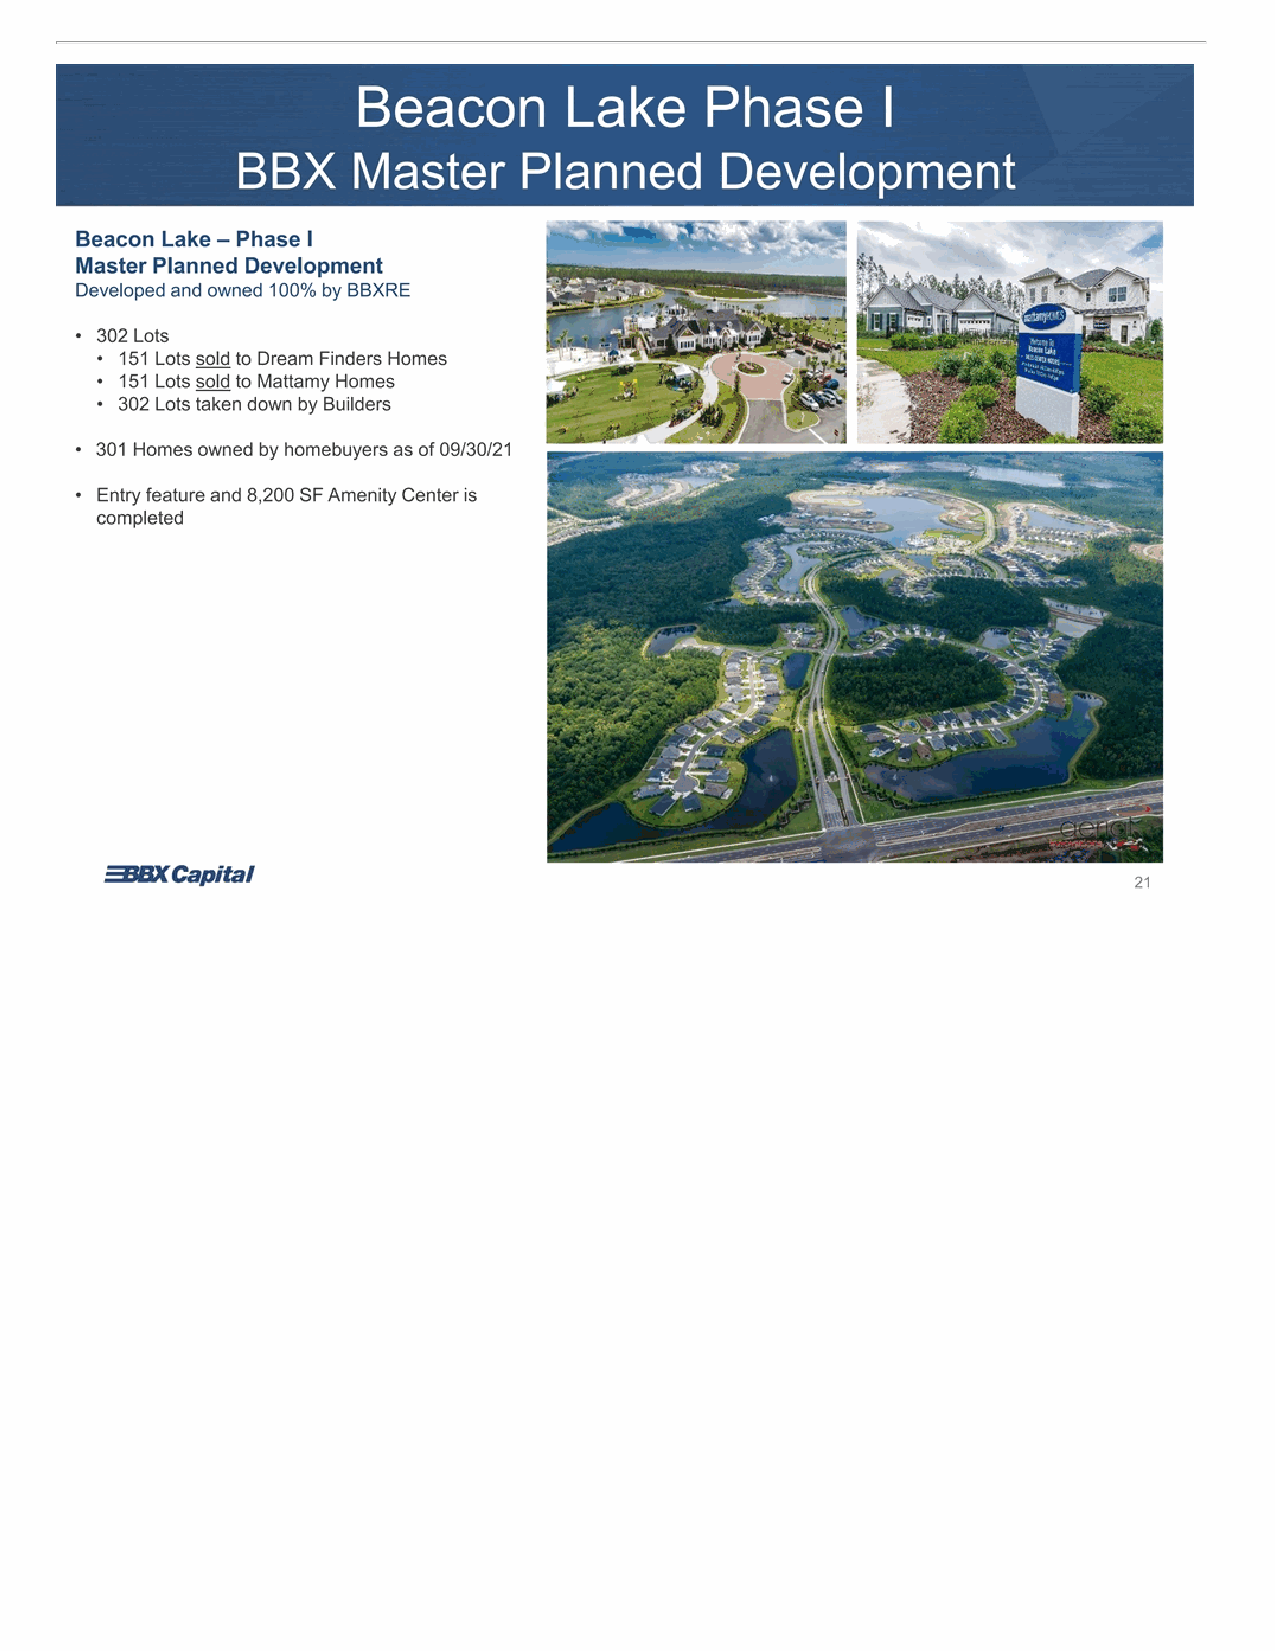
Beacon Lake Phase I BBX Master Planned Development Beacon Lake – Phase I Master Planned Development Developed and owned 100% by BBXRE • 302 Lots • 151 Lots sold to Dream Finders Homes • 151 Lots sold to Mattamy Homes • 302 Lots taken down by Builders • 301 Homes owned by homebuyers as of 09/30/21 • Entry feature and 8,200 SF Amenity Center is completed 21